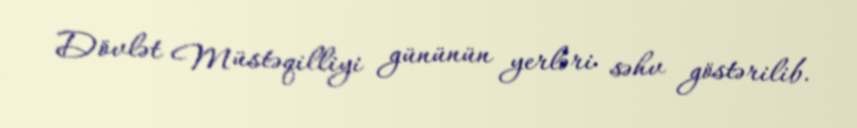
Dövlət Müstəqilliyi gününün yerləri səhv göstərilib.